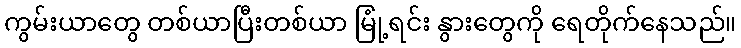
ကွမ်းယာတွေ တစ်ယာပြီးတစ်ယာ မြုံ့ရင်း နွားတွေကို ရေတိုက်နေသည်။